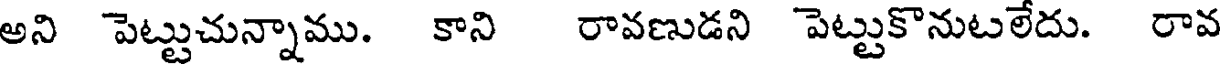
అని పెట్టుచున్నాము. కాని రావణుడని పెట్టుకొనుటలేదు. రావ